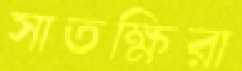
সাতক্ষিরা